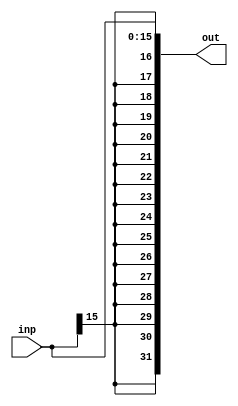
`timescale 1ns / 1ps
//////////////////////////////////////////////////////////////////////////////////
// name - Amit Kumar, Nikhil Saraswat
// Roll- 20CS30003, 20CS10039
// COA - KGP_RISC
//////////////////////////////////////////////////////////////////////////////////
module SignExtend(
inp,out
    );
	input [15:0] inp;
	output [31:0] out;
	
	assign out ={{16{inp[15]}},inp};

endmodule